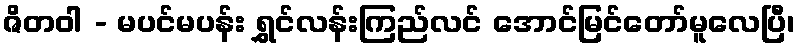
ဇိတဝါ - မပင်မပန်း ရွှင်လန်းကြည်လင် အောင်မြင်တော်မူလေပြီ၊